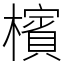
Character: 檳